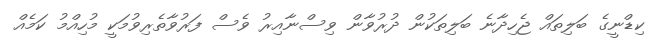
ކިޑްނީގެ ބަލިތައް ޖެހިދާނެ ބަލިތަކުން ދުރުވާން ވިސްނާއިރު ވެސް ފަރުވާތެރިވުމަކީ މުހިއްމު ކަމެއް